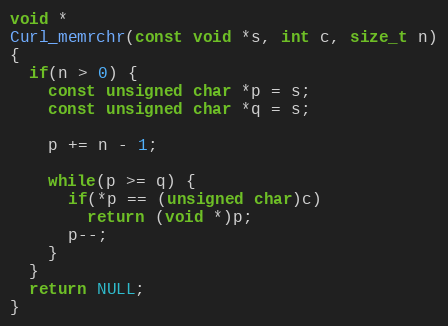
Language: C
void *
Curl_memrchr(const void *s, int c, size_t n)
{
  if(n > 0) {
    const unsigned char *p = s;
    const unsigned char *q = s;

    p += n - 1;

    while(p >= q) {
      if(*p == (unsigned char)c)
        return (void *)p;
      p--;
    }
  }
  return NULL;
}